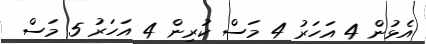
އެޅުން 4 އަހަރު 4 މަސް ކުރިން 4 އަހަރު 5 މަސް